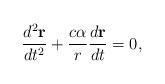
LaTeX: \begin{align*}\frac{d^2 {\bf r}}{dt^2} + \frac{c\alpha}{r}\frac{d{\bf r}}{dt} = 0,\end{align*}